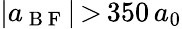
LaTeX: |a_{\mathrm{~B~F~}}|\, {>}\, 350\, a_{0}